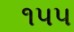
૧૫૫